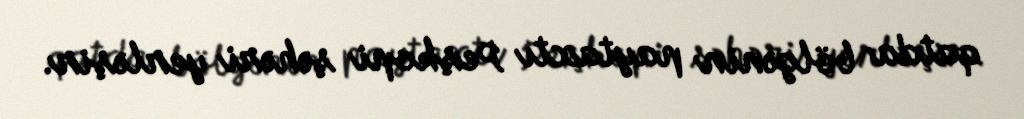
qatda bölgənin paytaxtı Peşkopi şəhəri yerləşir.